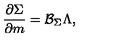
\frac { \partial \Sigma } { \partial m } = \mathcal { B } _ { \Sigma } \Lambda ,